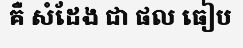
គឺ សំដែង ជា ផល ធៀប